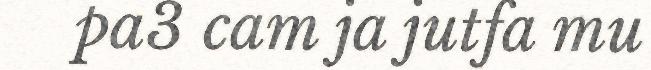
pa3 cam ja jutfa mu